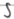
Text: S